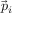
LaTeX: { \vec { p } } _ { i }